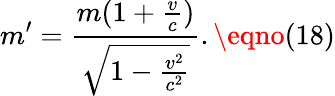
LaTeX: m^{\prime}=\frac{m(1+\frac{v}{c})}{\sqrt{1-\frac{v^{2}}{c^{2}}}}.\eqno(18)